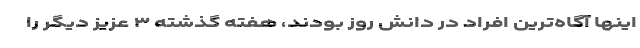
اینها آگاه‌ترین افراد در دانش روز بودند، هفته گذشته ۳ عزیز دیگر را